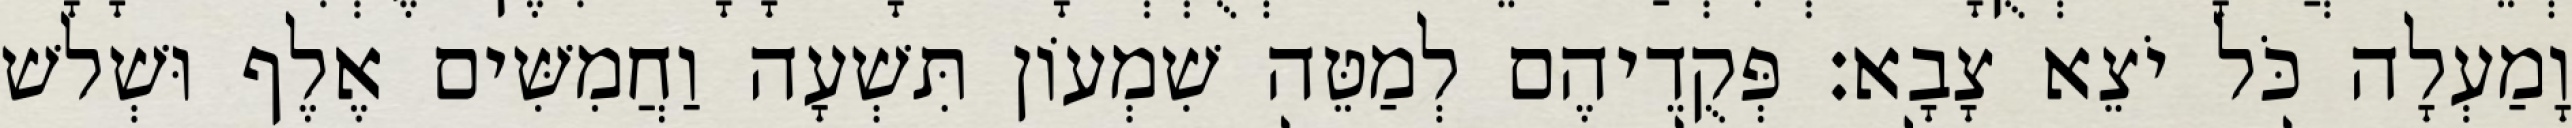
וָמַעְלָה כֹּל יֹצֵא צָבָא׃ פְּקֻדֵיהֶם לְמַטֵּה שִׁמְעוֹן תִּשְׁעָה וַחֲמִשִּׁים אֶלֶף וּשְׁלשׁ